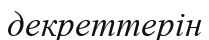
декреттерін